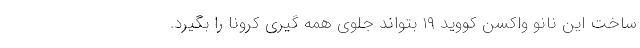
ساخت این نانو واکسن کووید ۱۹ بتواند جلوی همه گیری کرونا را بگیرد.